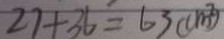
2 7 + 3 6 = 6 3 ( c m ^ { 2 } )